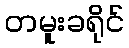
တမူးခရိုင်